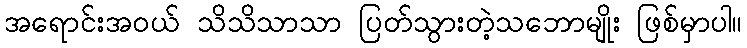
အရောင်းအဝယ် သိသိသာသာ ပြတ်သွားတဲ့သဘောမျိုး ဖြစ်မှာပါ။